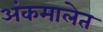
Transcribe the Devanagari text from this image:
अंकमालेत